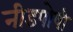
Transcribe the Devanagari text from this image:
नीडपोषी